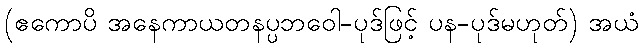
(ဧကောပိ အနေကာယတနပ္ပဘဝေါ-ပုဒ်ဖြင့် ပန-ပုဒ်မဟုတ်) အယံ